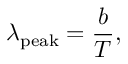
\lambda _ { \mathrm { p e a k } } = { \frac { b } { T } } ,